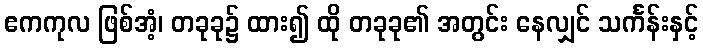
ဧကကုလ ဖြစ်အံ့၊ တခုခု၌ ထား၍ ထို တခုခု၏ အတွင်း နေလျှင် သင်္ကန်းနှင့်